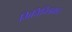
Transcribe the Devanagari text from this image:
भित्तिचित्रकार